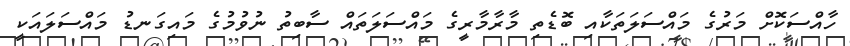
ހާއްސަކޮށް މަރުގެ މައްސަލަތަކާއި ބޮޑެތި މާރާމާރީގެ މައްސަލަތައް ސާބިތު ނުވުމުގެ މައިގަނޑު މައްސަލައަކީ